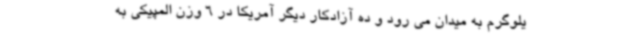
یلوگرم به میدان می رود و ده آزادکار دیگر آمریکا در 6 وزن المپیکی به